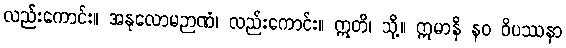
လည်းကောင်း။ အနုလောမဉာဏံ၊ လည်းကောင်း။ ဣတိ၊ သို့။ ဣမာနိ နဝ ဝိပဿနာ